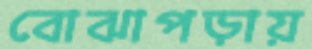
বোঝাপড়ায়